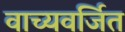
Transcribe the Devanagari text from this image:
वाच्यवर्जित